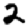
Digit: 2